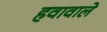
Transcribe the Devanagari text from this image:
हवावाले